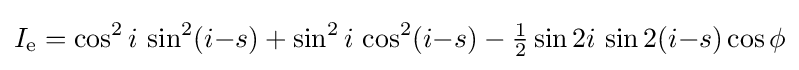
I_{\text{e}}=\cos ^{2}i\,\sin ^{2}(i{-}s)+\sin ^{2}i\,\cos ^{2}(i{-}s)-{\tfrac {1}{2}}\sin 2i\,\sin 2(i{-}s)\cos \phi